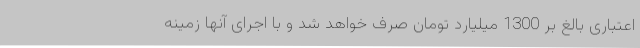
اعتباری بالغ بر 1300 میلیارد تومان صرف خواهد شد و با اجرای آنها زمینه